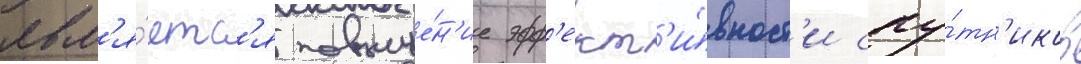
явл'я́етс'я повыше́н'ие эфф'ект'и́вност'и спу́тн'иков